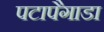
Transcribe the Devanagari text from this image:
पटापैगाडा